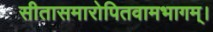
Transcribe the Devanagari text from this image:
सीतासमारोपितवामभागम्।